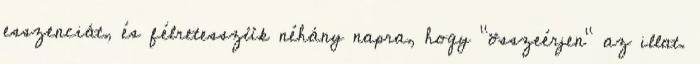
esszenciát, és félretesszük néhány napra, hogy "összeérjen" az illat.